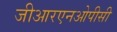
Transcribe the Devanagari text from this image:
जीआरएनओपीसी